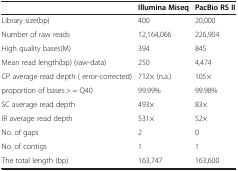
|  | Illumina Miseq | PacBio RS II |
 | --- | --- | --- |
 | Library size(bp) | 400 | 20,000 |
 | Number of raw reads | 12,164,066 | 226,904 |
 | High quality bases(M) | 394 | 845 |
 | Mean read length(bp) (raw-data) | 250 | 4,474 |
 | CP average read depth ( error-corrected) | 712× (n.a.) | 105× |
 | proportion of bases > = Q40 | 99.99% | 99.98% |
 | SC average read depth | 493× | 83× |
 | IR average read depth | 531× | 52× |
 | No. of gaps | 2 | 0 |
 | No. of contigs | 1 | 1 |
 | The total length (bp) | 163,747 | 163,600 |